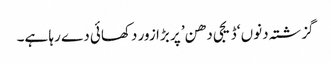
گزشتہ دنوں ‘ڈیجی دھن’ پر بڑا زور دکھائی دے رہا ہے۔